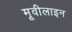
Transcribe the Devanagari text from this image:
मूवीलाइन